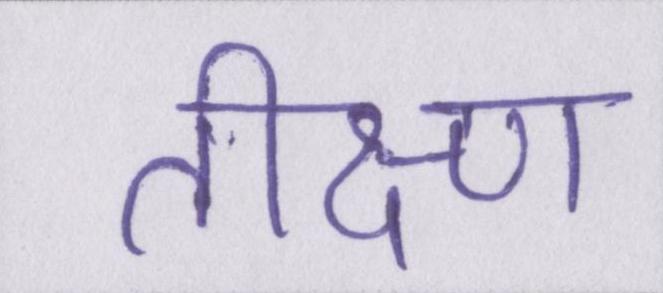
तीक्ष्ण